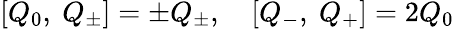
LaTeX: [Q_{0},\ Q_{\pm}]=\pm Q_{\pm},\quad[Q_{-},\ Q_{+}]=2Q_{0}